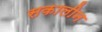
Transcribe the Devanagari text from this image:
सकालीन